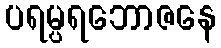
ပရမ္ပရဘောဇနေ